Etiology and epidemiology of plague
Disease focus: Plague
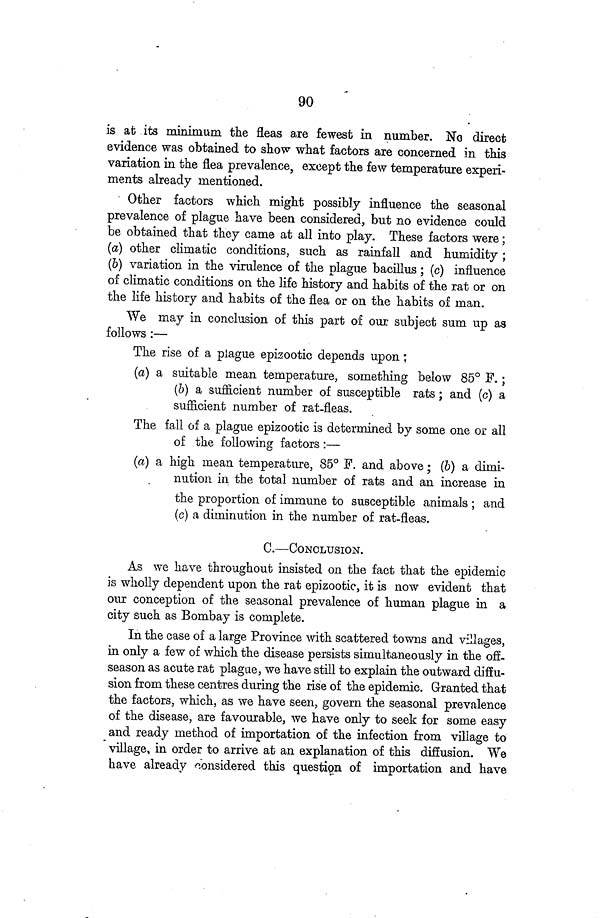
90
is at its minimum the fleas are fewest in number. No direct
evidence was obtained to show what factors are concerned in this
variation in the flea prevalence, except the few temperature experi-
ments already mentioned.
Other factors which might possibly influence the seasonal
prevalence of plague have been considered, but no evidence could
be obtained that they came at all into play. These factors were;
(a) other climatic conditions, such as rainfall and humidity;
(6) variation in the virulence of the plague bacillus; (c) influence
of climatic conditions on the life history and habits of the rat or on
the life history and habits of the flea or on the habits of man.
We may in conclusion of this part of our subject sum up as
follows :—
The rise of a plague epizootic depends upon;
(a) a suitable mean temperature, something below 85° F.;
(6) a sufficient number of susceptible rats ; and (c) a
sufficient number of rat-fleas.
The fall of a plague epizootic is determined by some one or all
of the following factors :—
(a) a high mean temperature, 85° F. and above; (6) a dimi-
nution in the total number of rats and an increase in
the proportion of immune to susceptible animals ; and
(c) a diminution in the number of rat-fleas.
C.—CONCLUSION.
As we have throughout insisted on the fact that the epidemic
is wholly dependent upon the rat epizootic, it is now evident that
our conception of the seasonal prevalence of human plague in a
city such as Bombay is complete.
In the case of a large Province with scattered towns and villages,
in only a few of which the disease persists simultaneously in the off.
season as acute rat plague, we have still to explain the outward diffu-
sion from these centres during the rise of the epidemic. Granted that
the factors, which, as we have seen, govern the seasonal prevalence
of the disease, are favourable, we have only to seek for some easy
and ready method of importation of the infection from village to
village, in order to arrive at an explanation of this diffusion. We
have already considered this question of importation and have